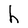
Character: h